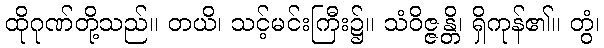
ထိုဂုဏ်တို့သည်။ တယိ၊ သင့်မင်းကြီး၌။ သံဝိဇ္ဇန္တိ၊ ရှိကုန်၏။ တွံ၊